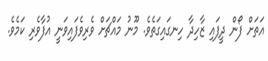
އަތަށް ފޯން ދީފައި ޒާހިދާ ހިނގައިގަތެވެ. މޫނު މައްޗަށް ވެރިވެފައިވަނީ އުފާވެރި ކަމެވެ.